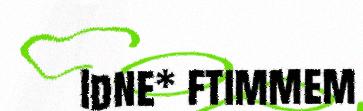
Idne* ftimmem